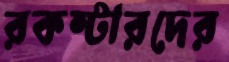
রকস্টারদের